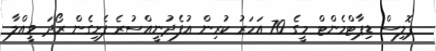
ޕޮލިސް ޑިޕާޓްމެންޓް މީގެ 70 އަހަރު ކުރިން އުފެދުނީއްސުރެ ފެށިގެން ރޯދަ ވީއްލާ